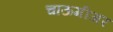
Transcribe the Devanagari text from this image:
चाऊमीअर